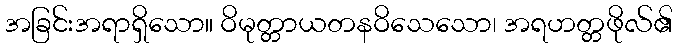
အခြင်းအရာရှိသော။ ဝိမုတ္တာယတနဝိသေသော၊ အရဟတ္တဖိုလ်၏